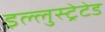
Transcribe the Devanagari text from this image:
इल्लुस्ट्रेटेड